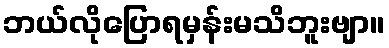
ဘယ်လိုပြောရမှန်းမသိဘူးဗျာ။